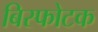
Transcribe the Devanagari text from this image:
बिस्फोटक